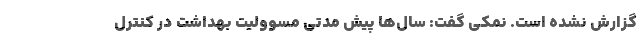
گزارش نشده است. نمکی گفت: سال‌ها پیش مدتی مسوولیت بهداشت در کنترل